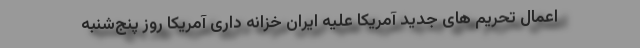
اعمال تحریم های جدید آمریکا علیه ایران خزانه داری آمریکا روز پنج‌شنبه